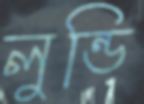
লুন্ডি